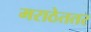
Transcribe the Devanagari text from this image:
मराठेततर